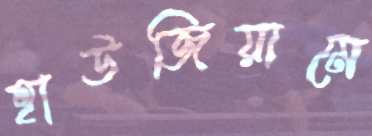
হাউজিয়ামে